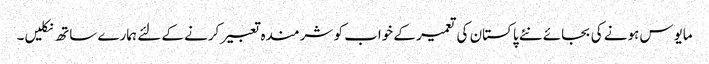
مایوس ہونے کی بجائے نئے پاکستان کی تعمیر کے خواب کو شرمندہ تعبیر کرنے کے لئے ہمارے ساتھ نکلیں۔